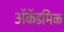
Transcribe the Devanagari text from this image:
ॲकॅडमिक